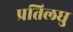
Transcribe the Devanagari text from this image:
प्रतिलघु